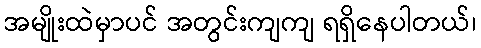
အမျိုးထဲမှာပင် အတွင်းကျကျ ရရှိနေပါတယ်၊